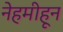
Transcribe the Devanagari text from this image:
नेहमीहून